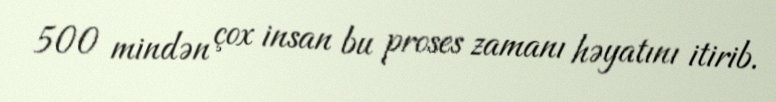
500 mindən çox insan bu proses zamanı həyatını itirib.